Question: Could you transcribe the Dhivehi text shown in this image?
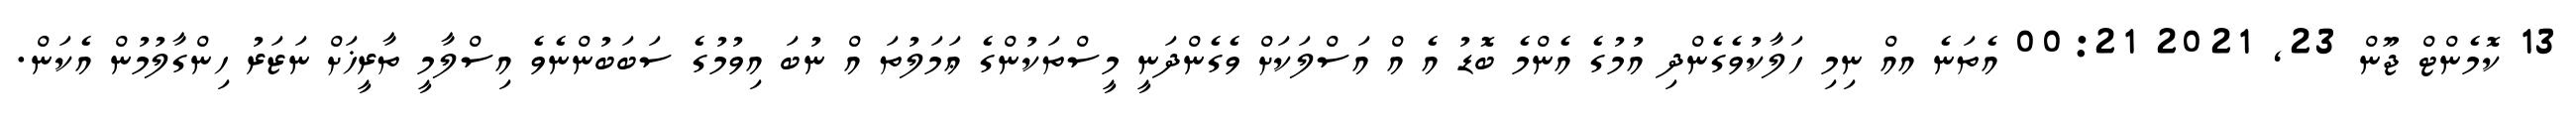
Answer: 13 ކޮމެންޓް ޖޫން 23, 2021 00:21 އެތަނެ އއް ނިމި ހަލާކުވެގެންދި އުމުގެ އެންމެ ބޮޑު އެ އް އަސްލަކަށް ވެގެންދަނީ މީސްތަކުންގެ ޢަމަލުތަ އް ނުބަ އިވުމުގެ ސަބަބުންނެވެ އިސްލާމީ ތާރީޚަށް ނަޒަރު ހިންގާލުމުން އެކަން.